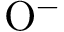
\mathrm { O ^ { - } }